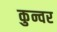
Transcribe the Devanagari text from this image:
कुन्वर